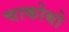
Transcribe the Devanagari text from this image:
चाकोबो